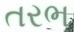
તરભ